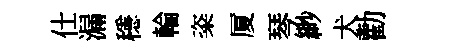
仕漏穩輪粢厦琴緲犬勸